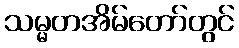
သမ္မတအိမ်တော်တွင်